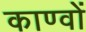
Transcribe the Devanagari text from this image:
काण्वों